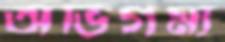
অভিগম্য